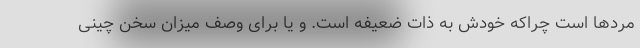
مردها است چراکه خودش به ذات ضعیفه است. و یا برای وصف میزان سخن چینی